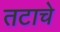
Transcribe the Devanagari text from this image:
तटाचे